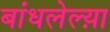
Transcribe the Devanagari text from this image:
बांधलेल्य़ा